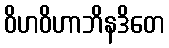
ဝိဟဝိဟာဘိနဒိတေ